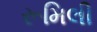
રૂમિલી